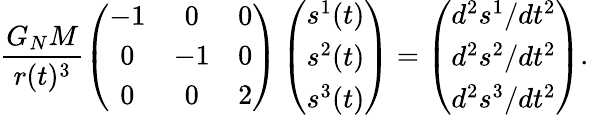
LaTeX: \frac{G_{N}M}{r(t)^{3}}\left(\begin{array}{ccc}{-1}&{0}&{0}\\ {0}&{-1}&{0}\\ {0}&{0}&{2}\end{array}\right)\left(\begin{array}{c}{s^{1}(t)}\\ {s^{2}(t)}\\ {s^{3}(t)}\end{array}\right)=\left(\begin{array}{c}{d^{2}s^{1}/dt^{2}}\\ {d^{2}s^{2}/dt^{2}}\\ {d^{2}s^{3}/dt^{2}}\end{array}\right).